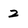
Character: 2